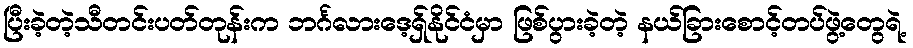
ပြီးခဲ့တဲ့သီတင်းပတ်တုန်းက ဘင်္ဂလားဒေ့ရှ်နိုင်ငံမှာ ဖြစ်ပွားခဲ့တဲ့ နယ်ခြားစောင့်တပ်ဖွဲ့တွေရဲ့